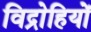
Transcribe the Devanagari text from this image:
विद्राेहियों